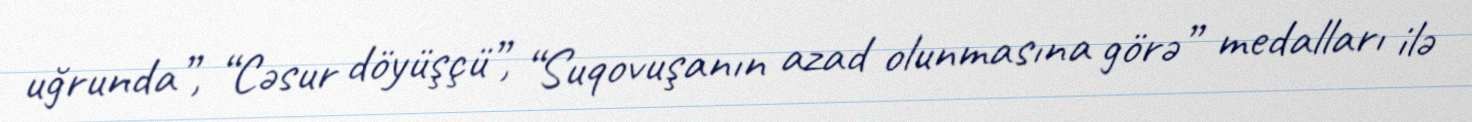
uğrunda”, “Cəsur döyüşçü”, “Suqovuşanın azad olunmasına görə” medalları ilə